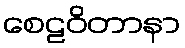
စေဠဝိတာနာ